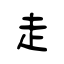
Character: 走